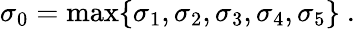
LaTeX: \sigma_{0}=\mathrm{max}\{ \sigma_{1},\sigma_{2},\sigma_{3},\sigma_{4},\sigma_{5}\} \ .